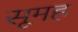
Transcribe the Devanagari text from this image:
सूमह